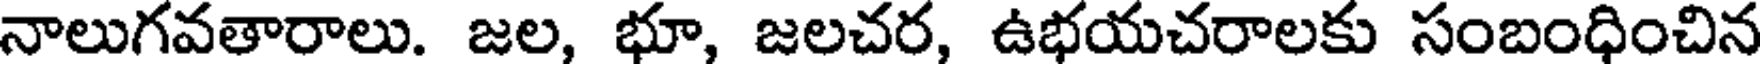
నాలుగవతారాలు. జల, భూ, జలచర, ఉభయచరాలకు సంబంధించిన